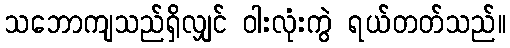
သဘောကျသည်ရှိလျှင် ဝါးလုံးကွဲ ရယ်တတ်သည်။